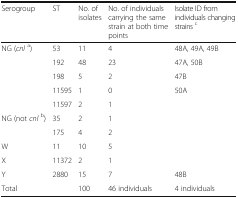
<table><thead><tr><td><b>Serogroup</b></td><td><b>ST</b></td><td><b>No. of isolates</b></td><td><b>No. of individuals carrying the same strain at both time points</b></td><td><b>Isolate ID from individuals changing strains <sup>c</sup></b></td></tr></thead><tbody><tr><td rowspan="5">NG (<i>cnl</i><sup>a</sup>)</td><td>53</td><td>11</td><td>4</td><td>48A, 49A, 49B</td></tr><tr><td>192</td><td>48</td><td>23</td><td>47A, 50B</td></tr><tr><td>198</td><td>5</td><td>2</td><td>47B</td></tr><tr><td>11595</td><td>1</td><td>0</td><td>50A</td></tr><tr><td>11597</td><td>2</td><td>1</td><td></td></tr><tr><td>NG (not <i>cnl</i><sup>b</sup>)</td><td>35</td><td>2</td><td>1</td><td></td></tr><tr><td></td><td>175</td><td>4</td><td>2</td><td></td></tr><tr><td>W</td><td>11</td><td>10</td><td>5</td><td></td></tr><tr><td>X</td><td>11372</td><td>2</td><td>1</td><td></td></tr><tr><td>Y</td><td>2880</td><td>15</td><td>7</td><td>48B</td></tr><tr><td>Total</td><td></td><td>100</td><td>46 individuals</td><td>4 individuals</td></tr></tbody></table>